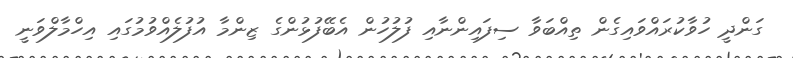
ގަންދީ ހުވާކުރައްވައިގެން ތިއްބަވާ ސިފައިންނާއި ފުލުހުން އެބޭފުޅުންގެ ޒިންމާ އުފުލެއްވުމުގައި އިހްމާލްވަނީ